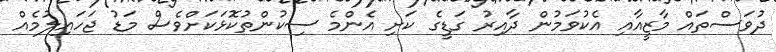
ދުވަސްތައް މާޒީއާއި އެކުވަމުން ދާއިރު ގަޑީގެ ކަށި އެންމެ ސިކުންތުކޮޅަކަށްވެސް މަޑު ޖަހައިލުމެއް